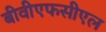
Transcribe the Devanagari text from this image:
बीवीएफसीएल